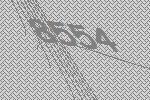
8554